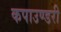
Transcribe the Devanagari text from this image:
कपाउण्डरी